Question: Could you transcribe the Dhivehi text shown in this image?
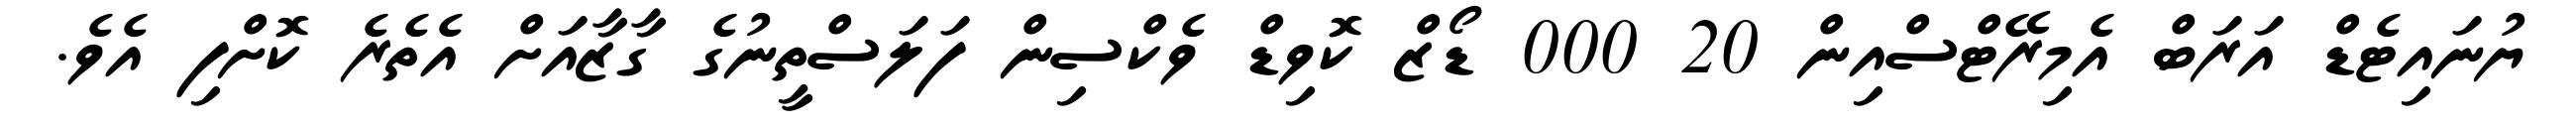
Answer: ޔުނައިޓެޑް އަރަބް އެމިރޭޓްސްއިން 20 000 ޑޯޒް ކޮވިޑް ވެކްސިން ފަލަސްތީނުގެ ގާޒާއަށް އެތެރެ ކޮށްފި އެވެ.